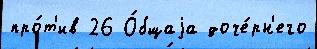
про́т'ив 26 О́бщаjа доче́рн'его